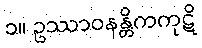
၁။ ဥဿာဝနန္တိကကုဋိ